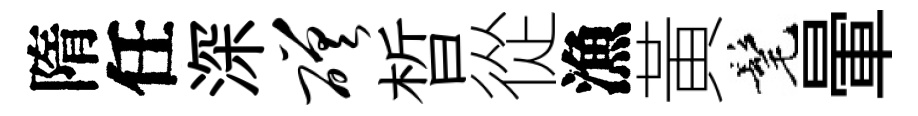
隋任深磋晳從漁黃髦暈